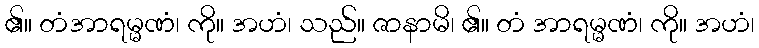
၏။ တံအာရမ္မဏံ၊ ကို။ အဟံ၊ သည်။ ဇာနာမိ၊ ၏။ တံ အာရမ္မဏံ၊ ကို။ အဟံ၊